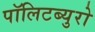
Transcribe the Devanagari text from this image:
पॉलिटब्युरो